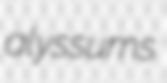
alyssums